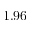
1 . 9 6